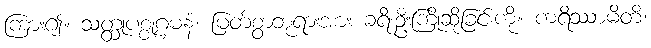
ကြား၍။ သတ္ထုပစ္စုဂ္ဂမနံ၊ မြတ်စွာဘုရားအား ခရီးဦးကြိုဆိုခြင်းကို။ ကရိဿာမိတိ၊